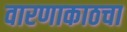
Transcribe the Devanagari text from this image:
वारणाकाठचा